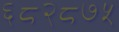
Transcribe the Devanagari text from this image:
६८२८७५